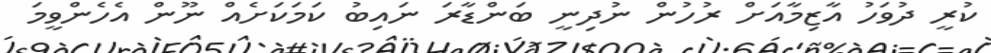
ކުރީ ދުވަހު އާޒިމާއަށް ރުހުން ނުދިނީ ބަންޑާރަ ނައިބު ކަމަކަށެއް ނޫން އެހެންވީމަ